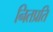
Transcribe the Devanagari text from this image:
नितप्रति